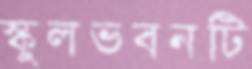
স্কুলভবনটি